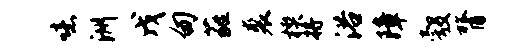
噫洲戊甸蕤裘楔将浴障彀膂